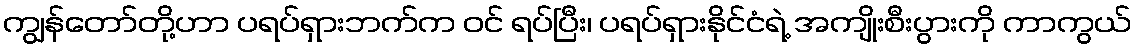
ကျွန်တော်တို့ဟာ ပရပ်ရှားဘက်က ဝင် ရပ်ပြီး၊ ပရပ်ရှားနိုင်ငံရဲ့ အကျိုးစီးပွားကို ကာကွယ်